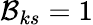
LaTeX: \mathcal{B}_{ks}=1